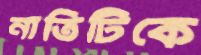
নাতিটিকে